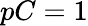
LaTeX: pC=1